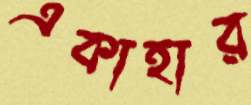
একাহার